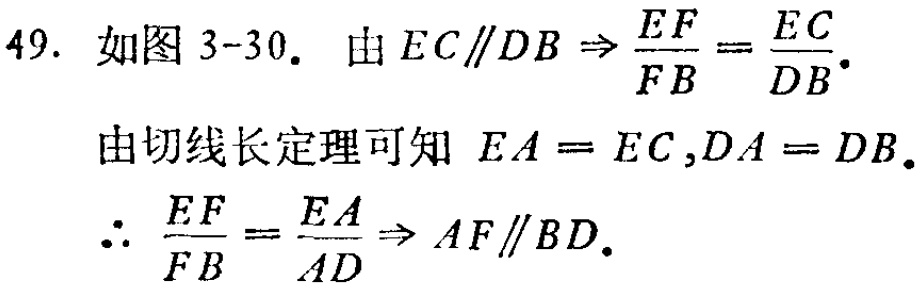
49. 如图 3-30. 由 \(EC\parallel DB\Rightarrow\frac{EF}{FB}=\frac{EC}{DB}\).
由切线长定理可知 \(EA = EC,DA = DB\).
\(\therefore \frac{EF}{FB}=\frac{EA}{AD}\Rightarrow AF\parallel BD\).